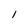
Character: 1